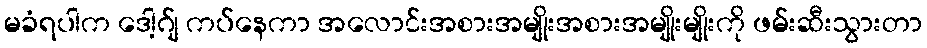
မခံရပါက ဒေါ့ဂ်ျ ကပ်နေကာ အလောင်းအစားအမျိုးအစားအမျိုးမျိုးကို ဖမ်းဆီးသွားတာ